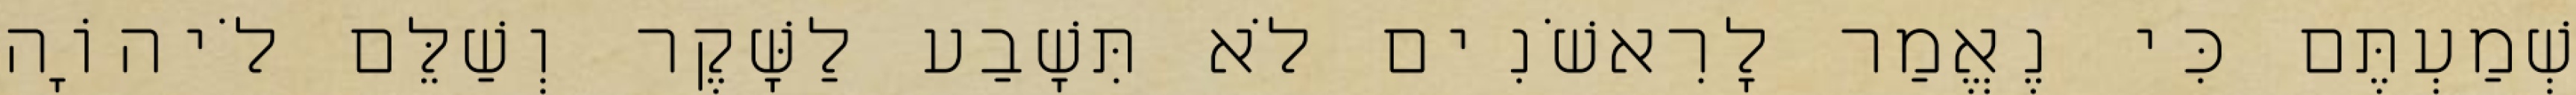
שְׁמַעְתֶּם כִּי נֶאֱמַר לָרִאשֹׁנִים לֹא תִּשָׁבַע לַשָּׁקֶר וְשַׁלֵּם לֹיהוָֹה